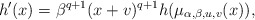
\begin{align*}h'(x) = \beta^{q+1}(x + v)^{q+1}h(\mu_{\alpha,\beta,u,v}(x)),\end{align*}